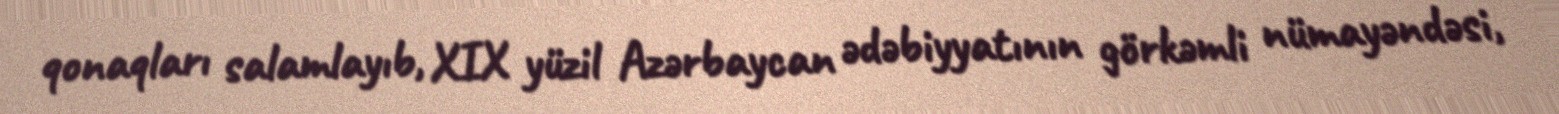
qonaqları salamlayıb, XIX yüzil Azərbaycan ədəbiyyatının görkəmli nümayəndəsi,